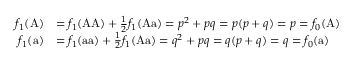
{ \begin{array} { r l } { f _ { 1 } ( { \mathrm { A } } ) } & { = f _ { 1 } ( { \mathrm { A A } } ) + { \frac { 1 } { 2 } } f _ { 1 } ( { \mathrm { A a } } ) = p ^ { 2 } + p q = p ( p + q ) = p = f _ { 0 } ( { \mathrm { A } } ) } \\ { f _ { 1 } ( { \mathrm { a } } ) } & { = f _ { 1 } ( { \mathrm { a a } } ) + { \frac { 1 } { 2 } } f _ { 1 } ( { \mathrm { A a } } ) = q ^ { 2 } + p q = q ( p + q ) = q = f _ { 0 } ( { \mathrm { a } } ) } \end{array} }